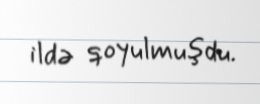
ildə qoyulmuşdu.